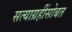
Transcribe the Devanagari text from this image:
सत्याग्रहींसोबत